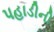
પહાડીની